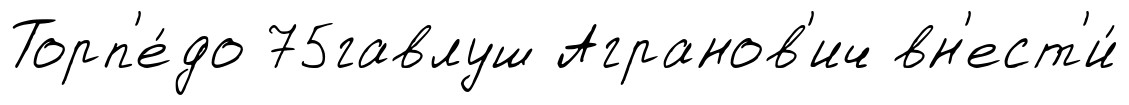
Торп'е́до 75гавлуш Агранов'ич вн'ест'и́